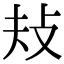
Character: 𢻳